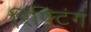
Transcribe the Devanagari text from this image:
रिफ्टिंग